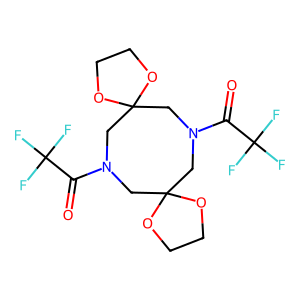
SMILES: O=C(N1CC2(CN(C(=O)C(F)(F)F)CC3(C1)OCCO3)OCCO2)C(F)(F)F
Inhibits HIV replication: No